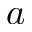
a